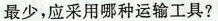
最少，应采用哪种运输工具?